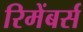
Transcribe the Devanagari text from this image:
रिमेंबर्स